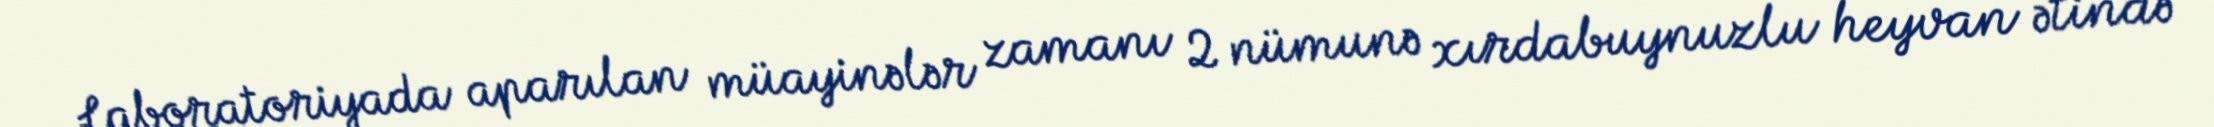
Laboratoriyada aparılan müayinələr zamanı 2 nümunə xırdabuynuzlu heyvan ətində